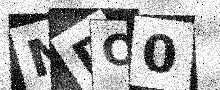
Text: NDO0